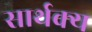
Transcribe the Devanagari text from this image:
सार्थक्य